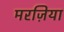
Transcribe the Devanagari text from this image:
मरज़िया